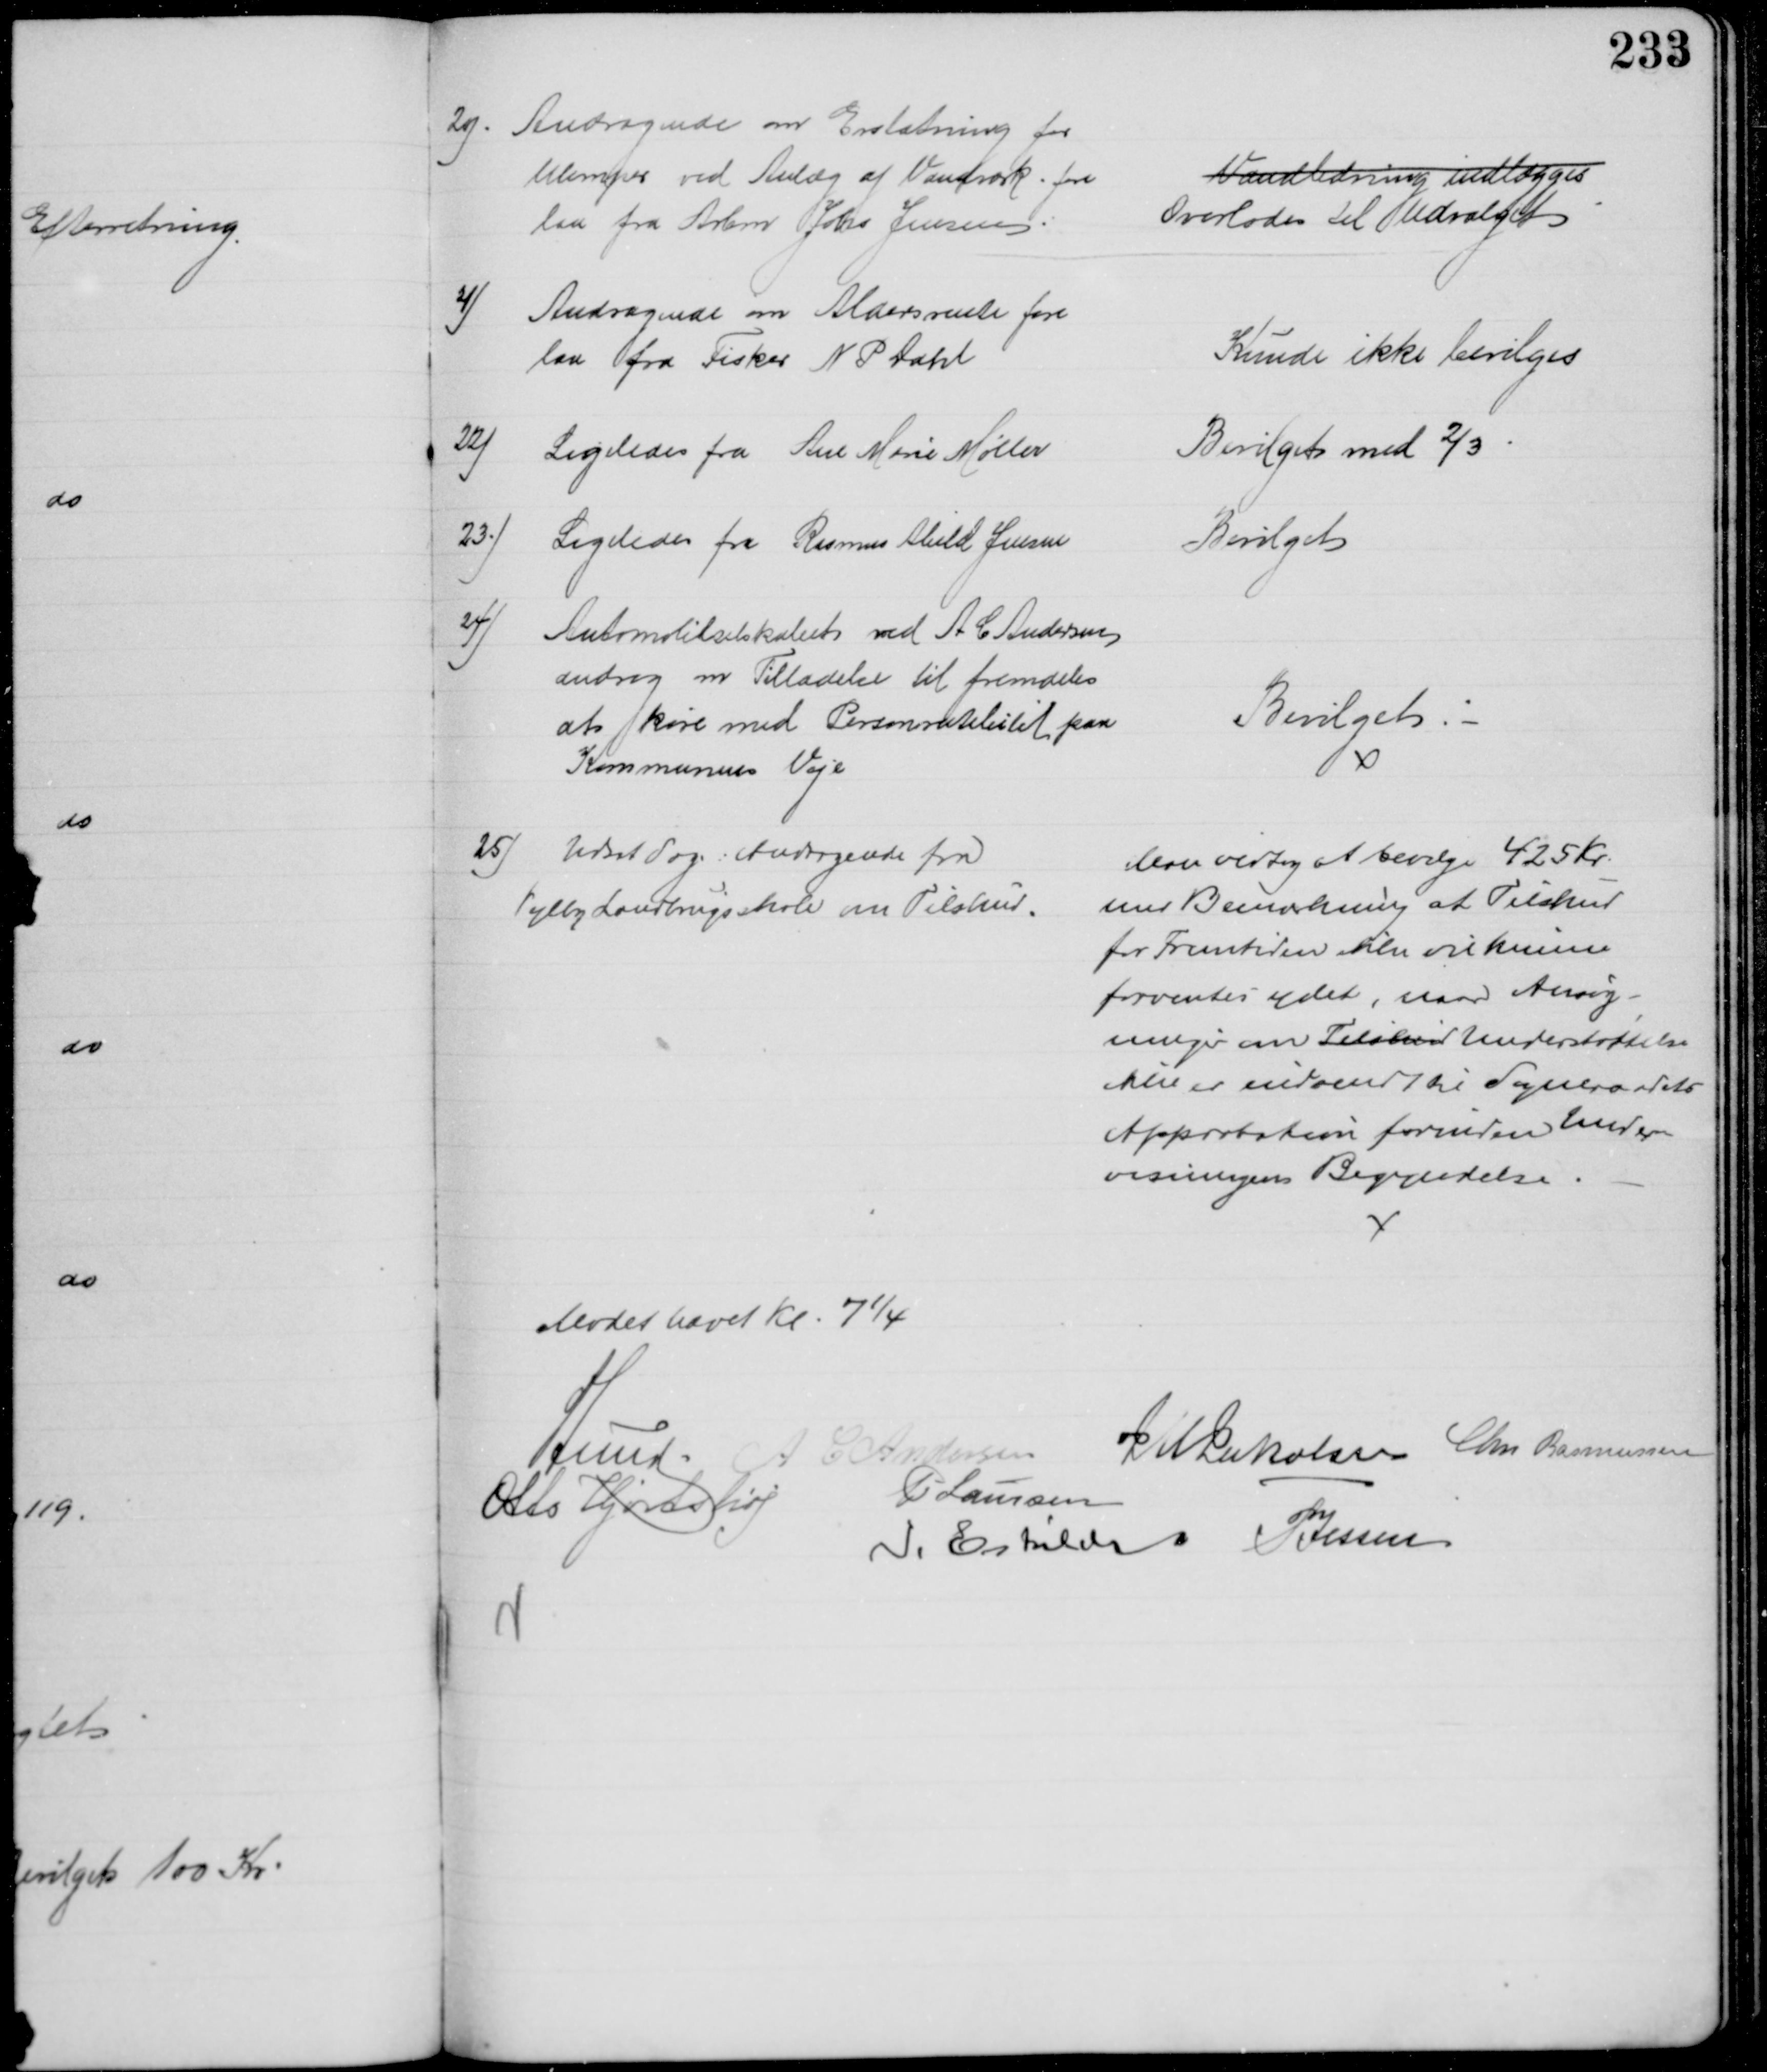
Transskription:
20)
Andragende om Erstatning for
Ulemper ved Anlæg af Vandværk fore
laa fra Arbm Johs Jensen
Vandledning indlægges
Overlodes til Udvalget
21)
Andragende om Aldersrente fore
laa fra Fisker N P Dahl
Kunde ikke bevilges
22)
Ligeledes fra Ane Marie Møller
Bevilget med ⅔
23.)
Ligeledes fra Rasmus Abild Jensen
Bevilget
24)
Automobilselskabet ved A C Andersen
androg om Tilladelse til fremdeles
at køre med Personrutebilet paa
Kommunens Veje
Bevilget
25) Udsat Sag: Andragende fra
Vejlby Landbrugsskole om Tilskud.
Man vedtog at bevilge 425 Kr.
med Bemærkning at Tilskud
for Fremtiden ikke vil kunne
forventes ydet, naar Ansøg-
ninger om Tilskud Understøttelse
ikke er indsendt til Sogneraadets
Approbation forinden Under-
visningens Begyndelse
Mødet hævet Kl. 7¼
A Lund
A C Andersen J M Jakobsen Chr Rasmussen
Otto Hjortshøj
P Laursen
I. Eskildsen P Jessen